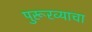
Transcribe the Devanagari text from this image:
पुरूरव्याचा